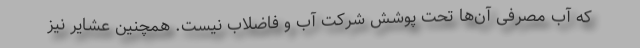
که آب مصرفی آن‌ها تحت پوشش شرکت آب و فاضلاب نیست. همچنین عشایر نیز